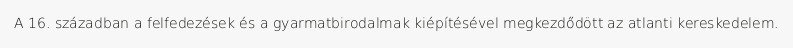
A 16. században a felfedezések és a gyarmatbirodalmak kiépítésével megkezdődött az atlanti kereskedelem.